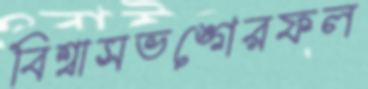
বিশ্বাসভঙ্গেরফল